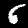
Label: 6